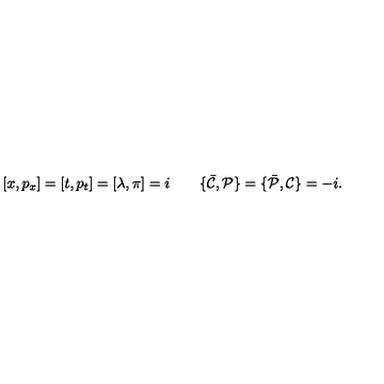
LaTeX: [ x , p _ { x } ] = [ t , p _ { t } ] = [ \lambda , \pi ] = i \qquad \{ { \bar { \cal C } } , { \cal P } \} = \{ { \bar { \cal P } } , { \cal C } \} = - i .